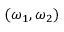
( \omega _ { 1 } , \omega _ { 2 } )